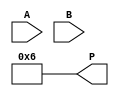
module array_multiplier #(parameter N = 4) (
    input  wire [N-1:0] A,      // First multiplicand
    input  wire [N-1:0] B,      // Second multiplicand
    output wire [2*N-1:0] P     // Product output
);

    // Intermediate partial products
    wire [N-1:0] pp [0:N-1]; // Array to hold partial products

    // Generate partial products
    genvar i, j;
    generate
        for (i = 0; i < N; i = i + 1) begin : partial_product
            for (j = 0; j < N; j = j + 1) begin : and_gate
                assign pp[i][j] = A[j] & B[i]; // AND gate for partial product
            end
        end
    endgenerate

    // Sum the partial products using a simple adder tree
    wire [2*N-1:0] sum [0:N-1]; // Array to hold sums

    // Initialize the first partial product
    assign sum[0] = {pp[0], 0}; // Shifted by 0

    generate
        for (i = 1; i < N; i = i + 1) begin : adder_tree
            assign sum[i] = sum[i-1] + {pp[i], i}; // Shift and add
        end
    endgenerate

    // Final product output
    assign P = sum[N-1];

endmodule